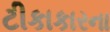
ટીકાકારના